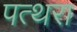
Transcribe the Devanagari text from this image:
पत्थरा